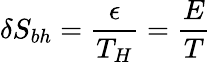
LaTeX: \delta S_{bh}=\frac{\epsilon}{T_{H}}=\frac{E}{T}